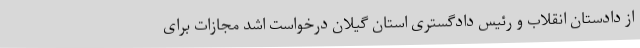
از دادستان انقلاب و رئیس دادگستری استان گیلان درخواست اشد مجازات برای